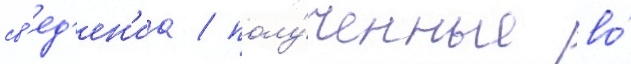
св'ед'ен'иа / полу́ченные во́